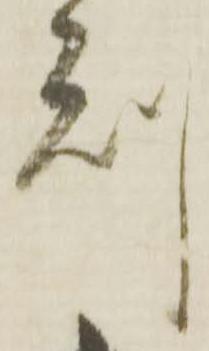
刻